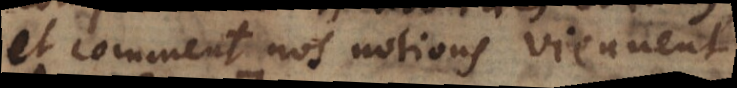
et comment nos notions viennent